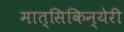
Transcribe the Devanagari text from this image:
मात्सिकिन्येरी